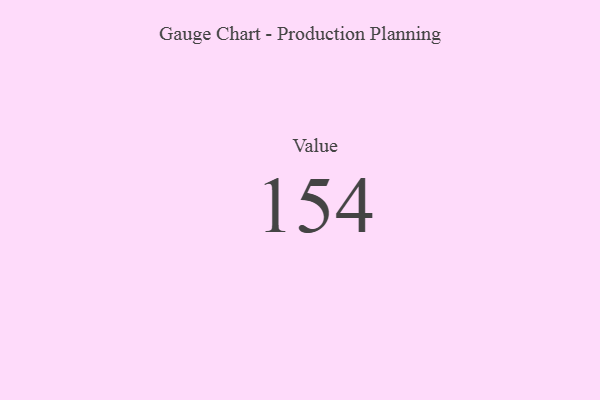
{"axis": {"x": "Metric", "y": "Value"}, "legend": [""], "data": [{"x": "Value", "y": 154, "type": ""}]}